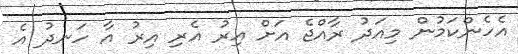
އެހެންކަމުން މިއަދު ރާއްޖެ އަށް އިރު އެރި އިރު އާ ހަނދު އެ